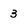
Character: 3